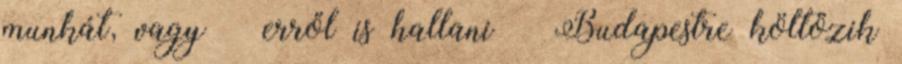
munkát, vagy – erről is hallani – Budapestre költözik